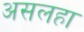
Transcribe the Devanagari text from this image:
असलहा